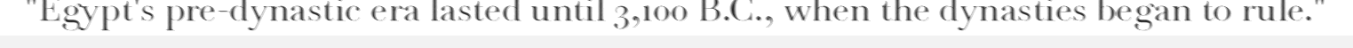
"Egypt's pre-dynastic era lasted until 3,100 B.C., when the dynasties began to rule."